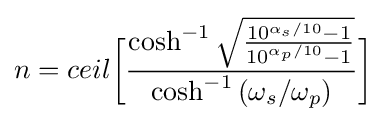
n=ceil{\bigg [}{\frac {\cosh ^{-1}{\sqrt {\frac {10^{\alpha _{s}/10}-1}{10^{\alpha _{p}/10}-1}}}}{\cosh ^{-1}{(\omega _{s}/\omega _{p})}}}{\bigg ]}